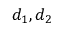
d _ { 1 } , d _ { 2 }